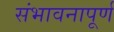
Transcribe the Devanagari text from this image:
संभावनापूर्ण